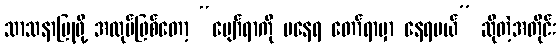
သာသနာပြုဖို့ အလုပ်ဖြစ်တော့ “ပျော်ရာကို မနေရ တော်ရာမှာ နေရမယ်” ဆိုတဲ့အတိုင်း